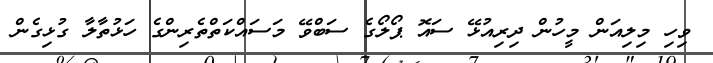
ވިހި މިލިއަން މީހުން ދިރިއުޅޭ ސައޮ ޕޯލޯގެ ސަބްވޭ މަސައްކަތްތެރިންގެ ހަޅުތާލާ ގުޅިގެން